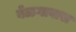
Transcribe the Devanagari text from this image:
बेळगावास